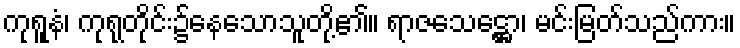
ကုရူနံ၊ ကုရုတိုင်း၌နေသောသူတို့၏။ ရာဇသေဋ္ဌော၊ မင်းမြတ်သည်ကား။